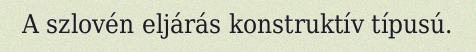
A szlovén eljárás konstruktív típusú.